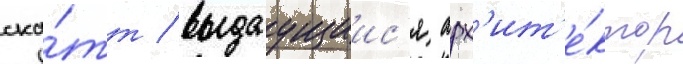
ска́тт / выдаущиис'я арх'ит'е́ктор